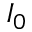
I _ { 0 }